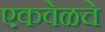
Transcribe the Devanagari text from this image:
एकवेळचे